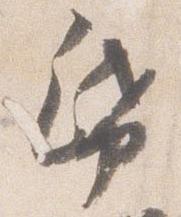
帋